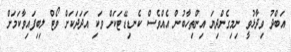
އަބްދު ވިދާޅުވީ ނިމިގެންދިޔަ އިންތިހާބުން އެއްވެސް ކެނޑިޑޭޓަކަށް ވަކި އަދަދަކަށް ވޯޓް ލިބިފައިވާކަމަށް